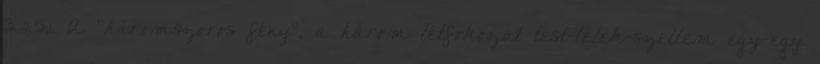
3.25,1. A "háromszoros fény", a három létfokozat test-lélek-szellem egy-egy